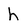
Character: h